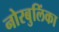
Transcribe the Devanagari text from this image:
नोरबुलिंका